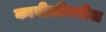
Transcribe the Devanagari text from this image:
कावीळीवरील